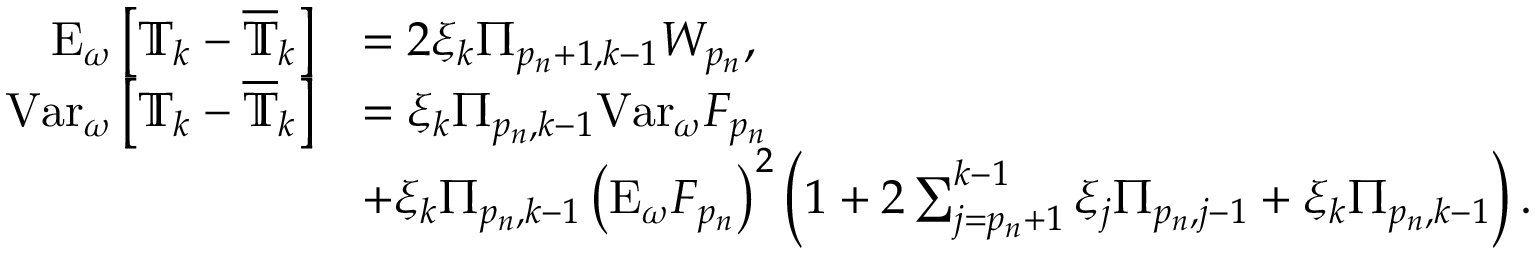
\begin{array} { r l } { \mathrm { E } _ { \omega } \left[ \mathbb { T } _ { k } - \overline { \mathbb { T } } _ { k } \right] } & { = 2 \xi _ { k } \Pi _ { p _ { n } + 1 , k - 1 } W _ { p _ { n } } , } \\ { \mathrm { V a r } _ { \omega } \left[ \mathbb { T } _ { k } - \overline { \mathbb { T } } _ { k } \right] } & { = \xi _ { k } \Pi _ { p _ { n } , k - 1 } \mathrm { V a r } _ { \omega } F _ { p _ { n } } } \\ & { + \xi _ { k } \Pi _ { p _ { n } , k - 1 } \left( \mathrm { E } _ { \omega } F _ { p _ { n } } \right) ^ { 2 } \left( 1 + 2 \sum _ { j = p _ { n } + 1 } ^ { k - 1 } \xi _ { j } \Pi _ { p _ { n } , j - 1 } + \xi _ { k } \Pi _ { p _ { n } , k - 1 } \right) . } \end{array}